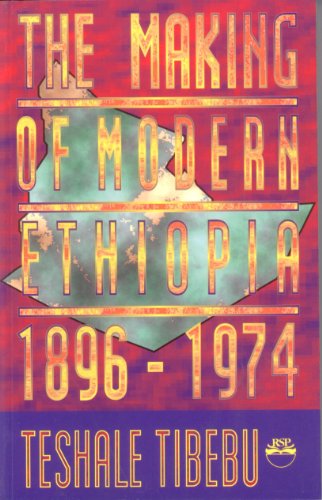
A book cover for The Making of Modern Ethiopia: 1896-1974; Teshale Tibebu; History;